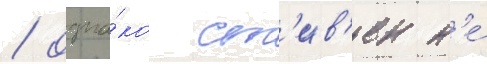
/ одна́ко ст'ив'ен н'е́